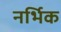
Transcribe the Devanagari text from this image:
नर्भिक